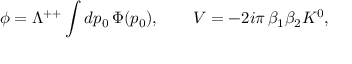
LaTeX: \phi = \Lambda ^ { + + } \int d p _ { 0 } \, \Phi ( p _ { 0 } ) , \qquad V = - 2 i \pi \, \beta _ { 1 } \beta _ { 2 } K ^ { 0 } ,